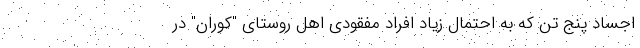
اجساد پنج تن که به احتمال زیاد افراد مفقودی اهل روستای "کوران" در